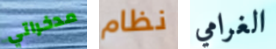
مدخراتي نظام الغرامي